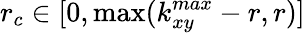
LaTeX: r_{c}\in[0,\operatorname*{max}(k_{xy}^{max}-r,r)]